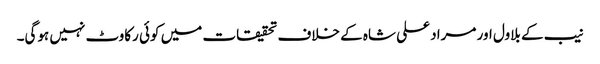
نیب کے بلاول اور مراد علی شاہ کے خلاف تحقیقات میں کوئی رکاوٹ نہیں ہوگی۔